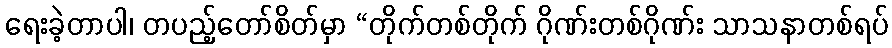
ရေးခဲ့တာပါ၊ တပည့်တော်စိတ်မှာ “တိုက်တစ်တိုက် ဂိုဏ်းတစ်ဂိုဏ်း သာသနာတစ်ရပ်